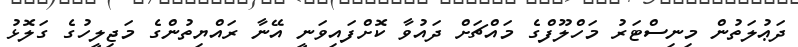
ދަޢުލަތުން މިނިސްޓަރު މަހްލޫފްގެ މައްޗަށް ދައުވާ ކޮށްފައިވަނީ އޭނާ ރައްޔިތުންގެ މަޖިލީހުގެ ގަލޮޅު